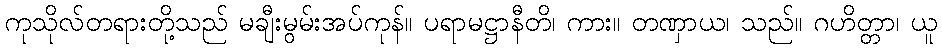
ကုသိုလ်တရားတို့သည် မချီးမွမ်းအပ်ကုန်။ ပရာမဋ္ဌာနီတိ၊ ကား။ တဏှာယ၊ သည်။ ဂဟိတ္တာ၊ ယူ